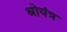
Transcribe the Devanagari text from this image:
श्रोयंत्र